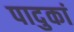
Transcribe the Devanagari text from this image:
पादुकां